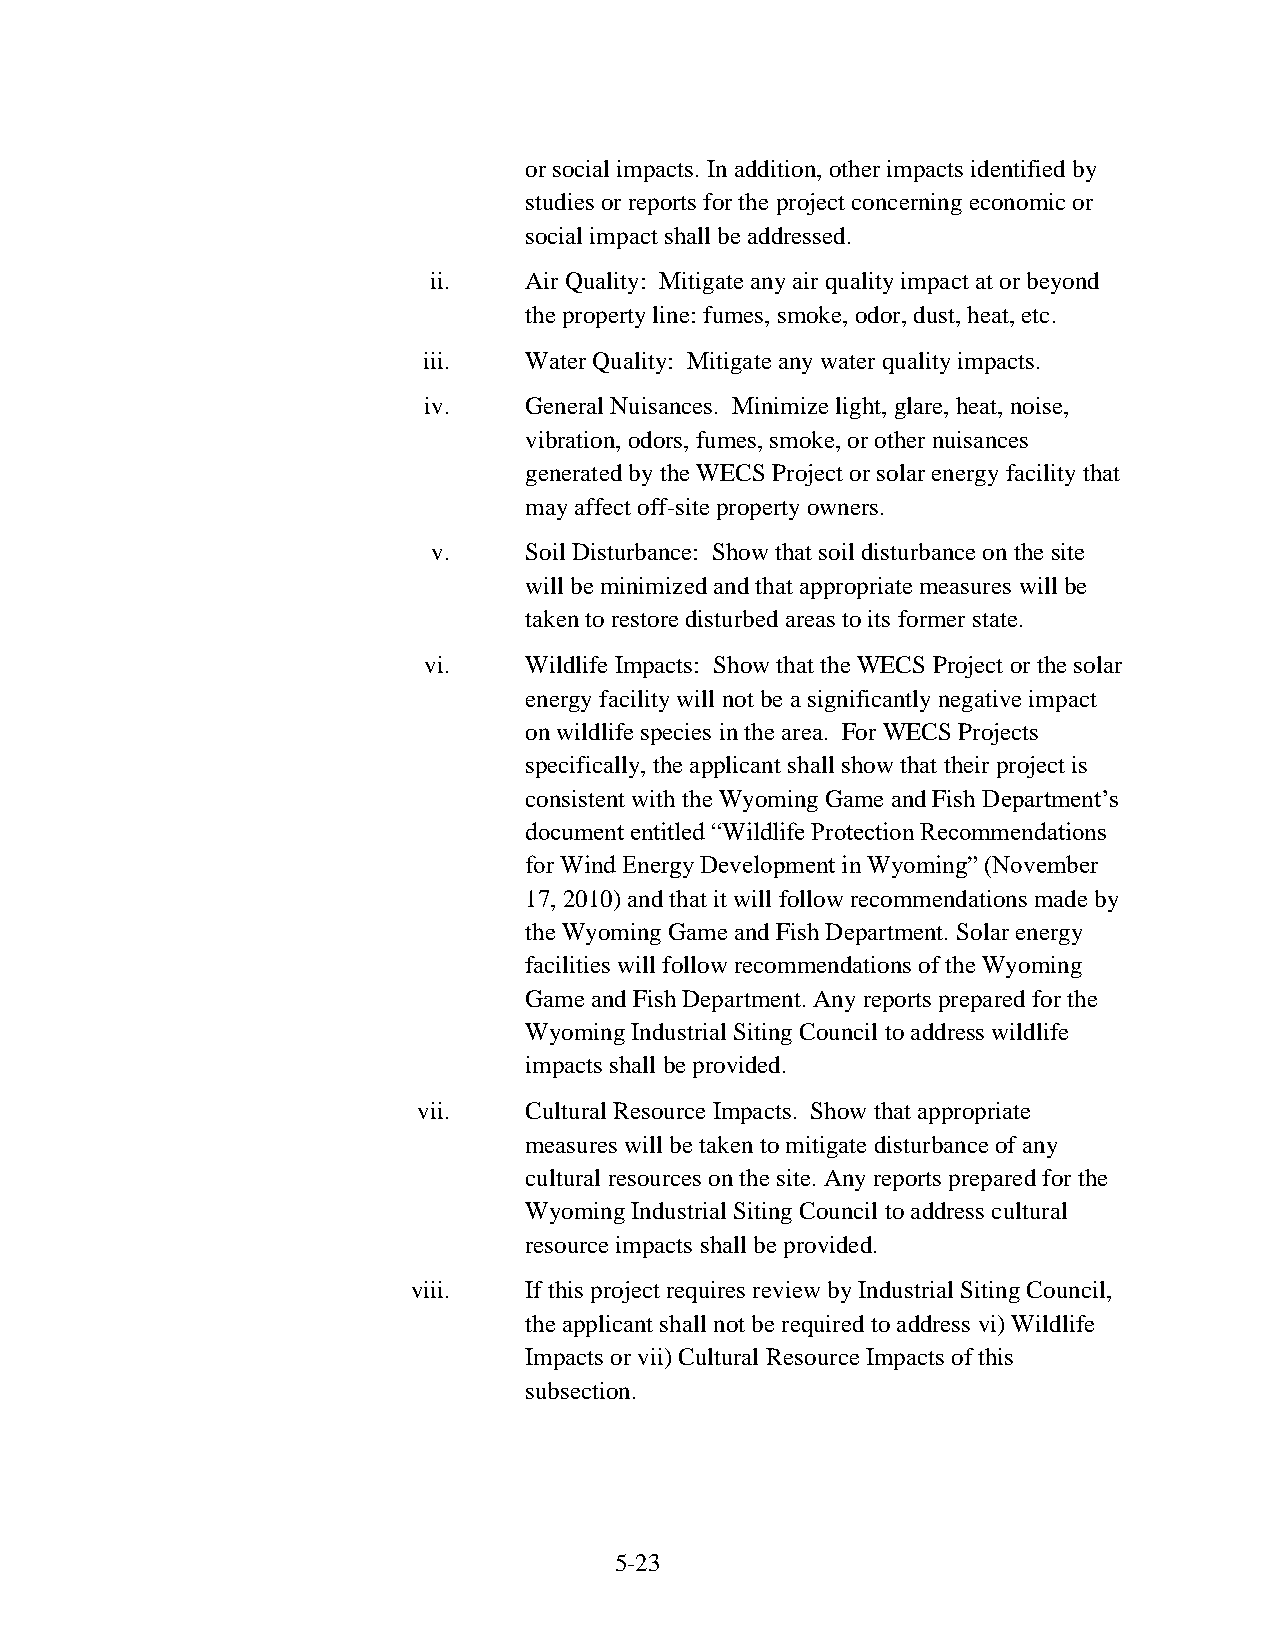
or social impacts. In addition, other impacts identified by
 studies or reports for the project concerning economic or
 social impact shall be addressed.
 ii.    Air Quality: Mitigate any air quality impact at or beyond
 the property line: fumes, smoke, odor, dust, heat, etc.
 iii.   Water Quality: Mitigate any water quality impacts.
 iv.    General Nuisances. Minimize light, glare, heat, noise,
 vibration, odors, fumes, smoke, or other nuisances
 generated by the WECS Project or solar energy facility that
 may affect off-site property owners.
 v.    Soil Disturbance: Show that soil disturbance on the site
 will be minimized and that appropriate measures will be
 taken to restore disturbed areas to its former state.
 vi.    Wildlife Impacts: Show that the WECS Project or the solar
 energy facility will not be a significantly negative impact
 on wildlife species in the area. For WECS Projects
 specifically, the applicant shall show that their project is
 consistent with the Wyoming Game and Fish Department’s
 document entitled “Wildlife Protection Recommendations
 for Wind Energy Development in Wyoming” (November
 17, 2010) and that it will follow recommendations made by
 the Wyoming Game and Fish Department. Solar energy
 facilities will follow recommendations of the Wyoming
 Game and Fish Department. Any reports prepared for the
 Wyoming Industrial Siting Council to address wildlife
 impacts shall be provided.
 vii.   Cultural Resource Impacts. Show that appropriate
 measures will be taken to mitigate disturbance of any
 cultural resources on the site. Any reports prepared for the
 Wyoming Industrial Siting Council to address cultural
 resource impacts shall be provided.
 viii.   If this project requires review by Industrial Siting Council,
 the applicant shall not be required to address vi) Wildlife
 Impacts or vii) Cultural Resource Impacts of this
 subsection.
 5-23